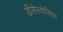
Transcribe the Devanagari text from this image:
डीसेस्थेसिया